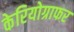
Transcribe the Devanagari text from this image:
केरियोग्राफर